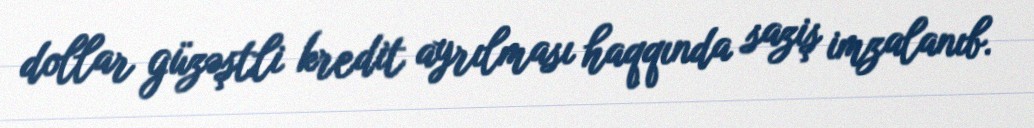
dollar güzəştli kredit ayrılması haqqında saziş imzalanıb.